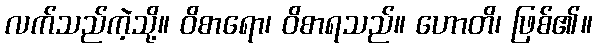
လက်သည်ကဲ့သို့။ ဝိစာရော၊ ဝိစာရသည်။ ဟောတိ၊ ဖြစ်၏။